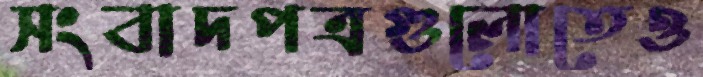
সংবাদপত্রগুলোতেও